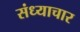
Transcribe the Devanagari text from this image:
संध्याचार